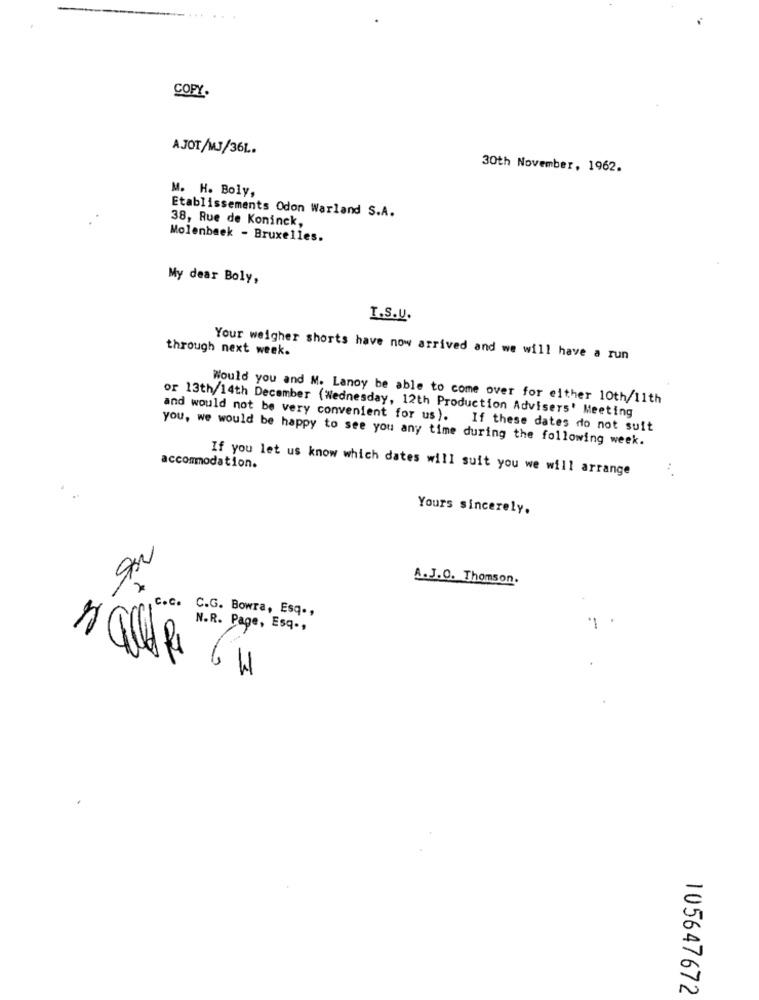
COPY.
AJOT/MJ/36L.
30th November, 1962.
M. H. Boly,
Etablissements Odon Warland S.A.
38, Rue de Koninck,
Molenbeek - Bruxelles.
My dear Boly,
T.S.U.
through next week.
Your weigher shorts have now arrived and we will have a run
Would you and M. Lanoy be able to come over for either 10th/11th
or 13th/14th December (Wednesday, 12th Production Advisers' Meeting
and would not be very convenient for us). If these dates do not suit
you, we would be happy to see you any time during the following week.
accommodation.
If you let us know which dates will suit you we will arrange
Yours sincerely.
A.J.O. Thomson.
c.c. C.G. Bowra, Esq .,
N.R. Page, Esq -,
-
3
105647672